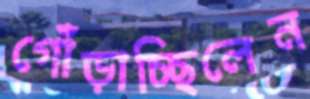
গোঁড়াচ্ছিলেন